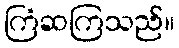
ကြံဆကြသည်။